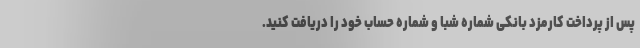
پس از پرداخت کارمزد بانکی شماره شبا و شماره حساب خود را دریافت کنید.